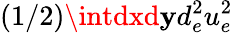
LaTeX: (1/2)\intdxd\mathbf{y}d_{e}^{2}u_{e}^{2}